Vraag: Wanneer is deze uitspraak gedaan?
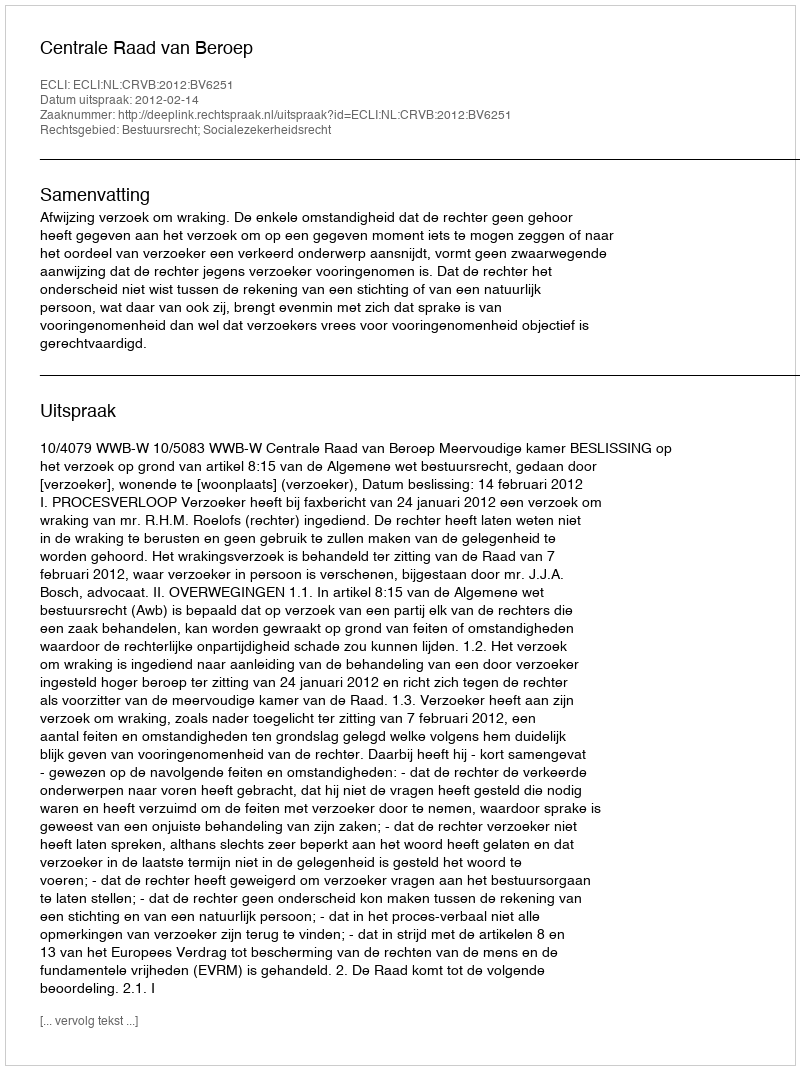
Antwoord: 2012-02-14